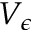
V _ { \epsilon }